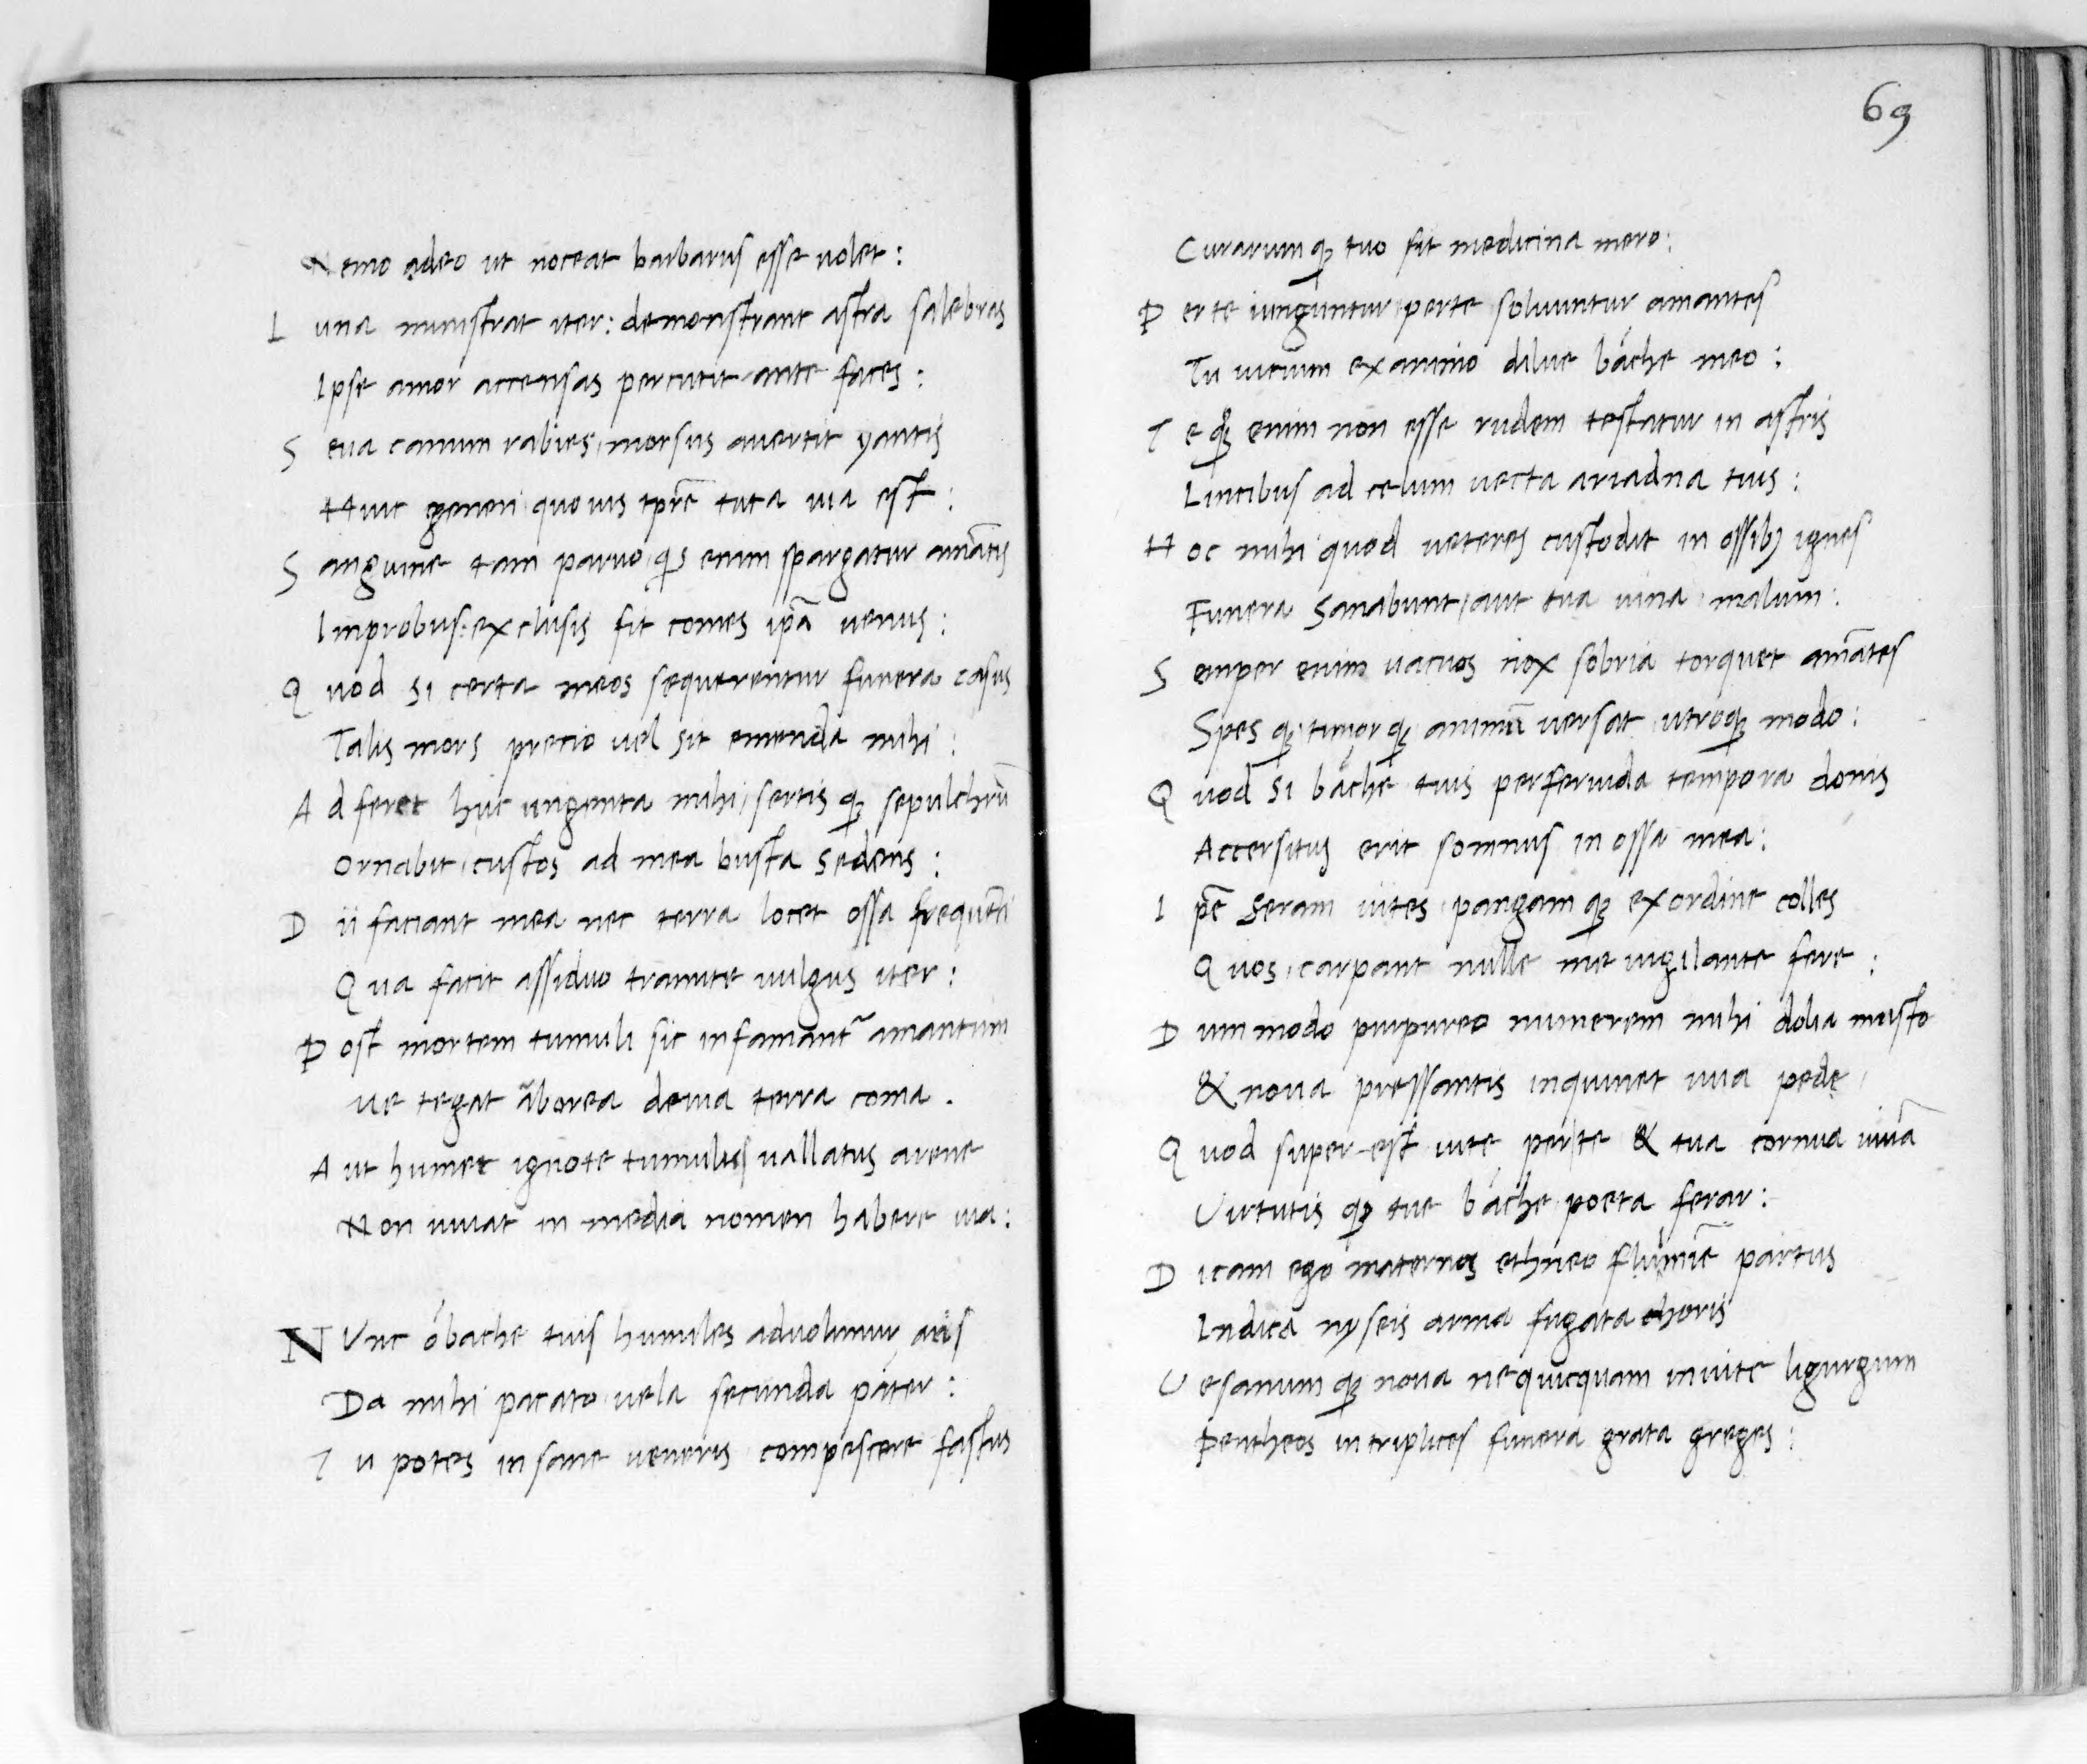
Shelfmark: Paris, BnF, lat. 8236
Century: 15